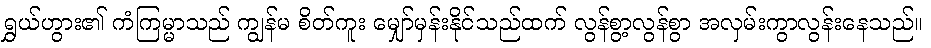
ရွှယ်ဟွား၏ ကံကြမ္မာသည် ကျွန်မ စိတ်ကူး မျှော်မှန်းနိုင်သည်ထက် လွန်စွာ့လွန်စွာ အလှမ်းကွာလွန်းနေသည်။